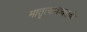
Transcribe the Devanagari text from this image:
मातृत्वाबाबतची